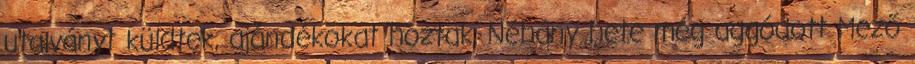
utalványt küldtek, ajándékokat hoztak. Néhány hete még aggódott Mező